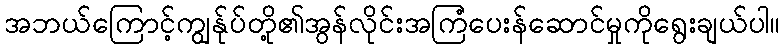
အဘယ်ကြောင့်ကျွန်ုပ်တို့၏အွန်လိုင်းအကြံပေးန်ဆောင်မှုကိုရွေးချယ်ပါ။